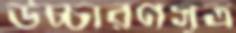
উচ্চারণসূত্র